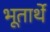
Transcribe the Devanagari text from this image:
भूतार्थे